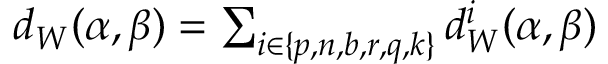
\begin{array} { r } { d _ { W } ( \alpha , \beta ) = \sum _ { i \in \{ p , n , b , r , q , k \} } d _ { W } ^ { i } ( \alpha , \beta ) } \end{array}